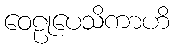
ဝေဠုပေသိကာဟိ